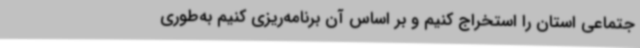
جتماعی استان را استخراج ‌کنیم و بر اساس آن برنامه‌ریزی کنیم به‌طوری